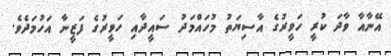
އޭނާއާ ވާދަ ކުރީ ހަވީރުގެ އާސިޔަތު މުހައްމަދު ސައީދާއި ހަވީރުގެ ފަޒީނާ އަހުމަދެވެ.